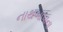
નાથબાપાના